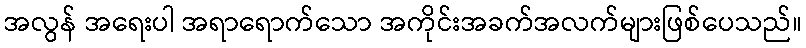
အလွန် အရေးပါ အရာရောက်သော အကိုင်းအခက်အလက်များဖြစ်ပေသည်။